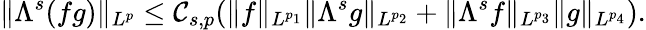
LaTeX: \| \Lambda^{s}(fg)\| _{L^{p}}\leq\mathcal{C}_{s,p}(\| f\| _{L^{p_{1}}}\| \Lambda^{s}g\| _{L^{p_{2}}}+\| \Lambda^{s}f\| _{L^{p_{3}}}\| g\| _{L^{p_{4}}}).